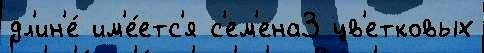
дл'ин'е́ им'е́етс'я с'ем'ена3 цв'етковых